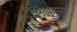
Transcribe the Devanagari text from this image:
किराबली